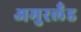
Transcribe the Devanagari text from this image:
अमुरलँंड